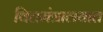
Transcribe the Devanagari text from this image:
वित्तमंत्रालयात